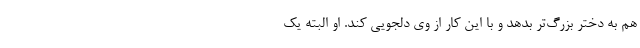
هم به دختر بزرگ‌تر بدهد و با این کار از وی دلجویی کند. او البته یک